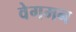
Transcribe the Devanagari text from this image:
वेगमन